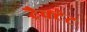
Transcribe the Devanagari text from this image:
ट्रैक्टेट